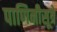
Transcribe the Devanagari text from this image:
पाणिनीसूत्रे